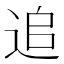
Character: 追